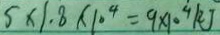
5 \times 1 . 8 \times 1 0 ^ { 4 } = 9 \times 1 0 ^ { 4 } k J